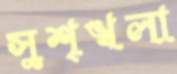
সুশৃঙ্খলা